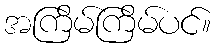
အကြိမ်ကြိမ်ပင်။